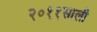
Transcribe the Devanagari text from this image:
२०११साली